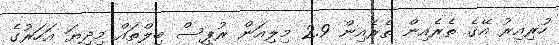
ހުރިއިރު އޭގެ ތެރެއިން ތެރެއިން 2.9 މިލިއަން ރުޕީސް ބިލްތައް މިދިޔަ އަހަރުގެ